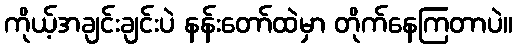
ကိုယ့်အချင်းချင်းပဲ နန်းတော်ထဲမှာ တိုက်နေကြတာပဲ။